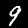
Digit: 9